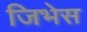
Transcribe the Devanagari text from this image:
जिभेस